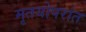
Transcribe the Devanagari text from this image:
मृतयोपरांत